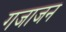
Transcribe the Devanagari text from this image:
गजाजन